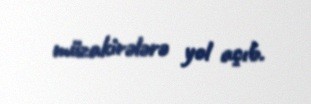
müzakirələrə yol açıb.